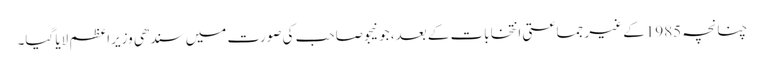
چنانچہ 1985کے غیر جماعتی انتخابات کے بعد، جونیجو صاحب کی صورت میں سندھی وزیراعظم لایا گیا۔